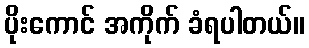
ပိုးကောင် အကိုက် ခံရပါတယ်။